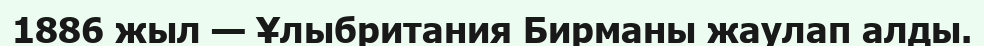
1886 жыл — Ұлыбритания Бирманы жаулап алды.